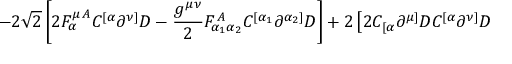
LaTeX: \left. - 2 \sqrt { 2 } \left[ 2 F _ { \alpha } ^ { \mu \, A } C ^ { [ \alpha } \partial ^ { \nu ] } D - \frac { g ^ { \mu \nu } } { 2 } F _ { \alpha _ { 1 } \alpha _ { 2 } } ^ { \, A } C ^ { [ \alpha _ { 1 } } \partial ^ { \alpha _ { 2 } ] } D \right] + 2 \left[ 2 C _ { [ \alpha } \partial ^ { \mu ] } D C ^ { [ \alpha } \partial ^ { \nu ] } D \right. \right.